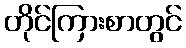
တိုင်ကြားစာတွင်